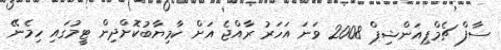
ސާފް ޗެމްޕިއަންޝިޕް 2008 ވަނަ އަހަރު ރާއްޖެ އަށް ކާމިޔާބުކޮށްދިން ޓީމުގައި ހިމެނޭ